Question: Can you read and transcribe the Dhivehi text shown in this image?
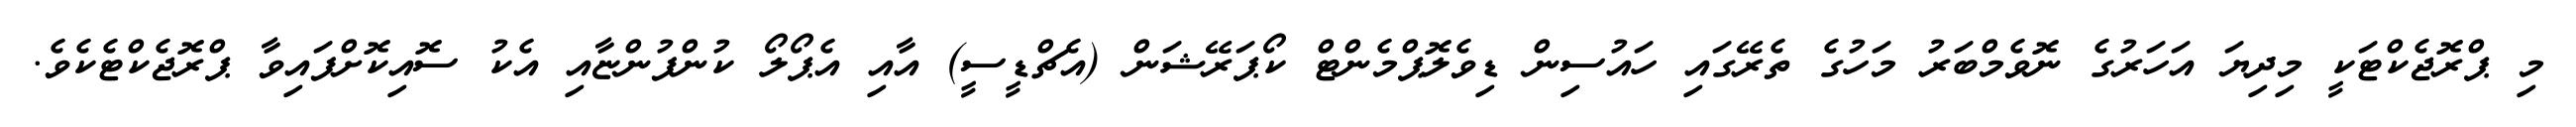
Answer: މި ޕްރޮޖެކްޓަކީ މިދިޔަ އަހަރުގެ ނޮވެމްބަރު މަހުގެ ތެރޭގައި ހައުސިން ޑިވެލޮޕްމެންޓް ކޯޕަރޭޝަން (އެޗްޑީސީ) އާއި އެޕޯލޯ ކުންފުންޏާއި އެކު ސޮއިކޮށްފައިވާ ޕްރޮޖެކްޓެކެވެ.